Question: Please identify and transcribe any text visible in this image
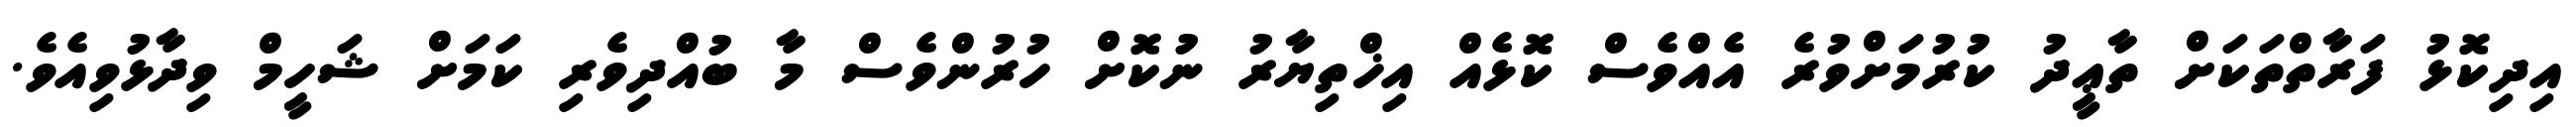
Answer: އިދިކޮޅު ފަރާތްތަކަށް ތާޢީދު ކުރުމަށްވުރެ އެއްވެސް ކޮޅެއް އިޚްތިޔާރު ނުކޮށް ހުރުންވެސް މާ ބުއްދިވެރި ކަމަށް ޝަހީމް ވިދާޅުވިއެވެ.